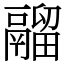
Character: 鬸